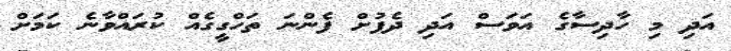
އަދި މި ހާދިސާގެ އަވަސް އަދި ދެފުށް ފެންނަ ތަހްގީގެއް ކުރައްވާނެ ކަމަށް